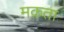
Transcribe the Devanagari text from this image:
मक़ता